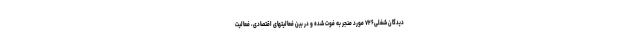
دیدگان شغلی۷۲۶ مورد منجر به فوت شده و در بین فعالیتهای اقتصادی، فعالیت